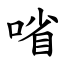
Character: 㗂